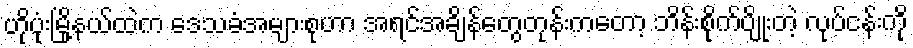
ဟိုပုံးမြို့နယ်ထဲက ဒေသခံအများစုဟာ အရင်အချိန်တွေတုန်းကတော့ ဘိန်းစိုက်ပျိုးတဲ့ လုပ်ငန်းကို